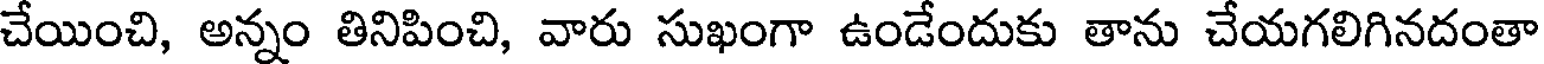
చేయించి, అన్నం తినిపించి, వారు సుఖంగా ఉండేందుకు తాను చేయగలిగినదంతా